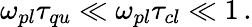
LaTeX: \omega_{pl}\tau_{qu}\ll\omega_{pl}\tau_{cl}\ll 1\, .